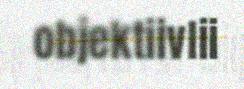
objektiivlii